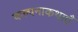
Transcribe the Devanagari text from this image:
कल्पनाकथाएँ